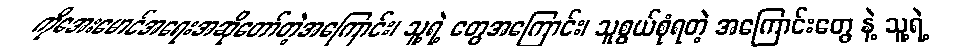
ကိုအေးမောင်အရေးအဆိုတော်တဲ့အကြောင်း၊ သူ့ရဲ့ တွေအကြောင်း၊ သူစွယ်စုံရတဲ့ အကြောင်းတွေ နဲ့ သူ့ရဲ့